Leaving Certificate Examination (including Day School Certificate (Higher) General paper), 1938
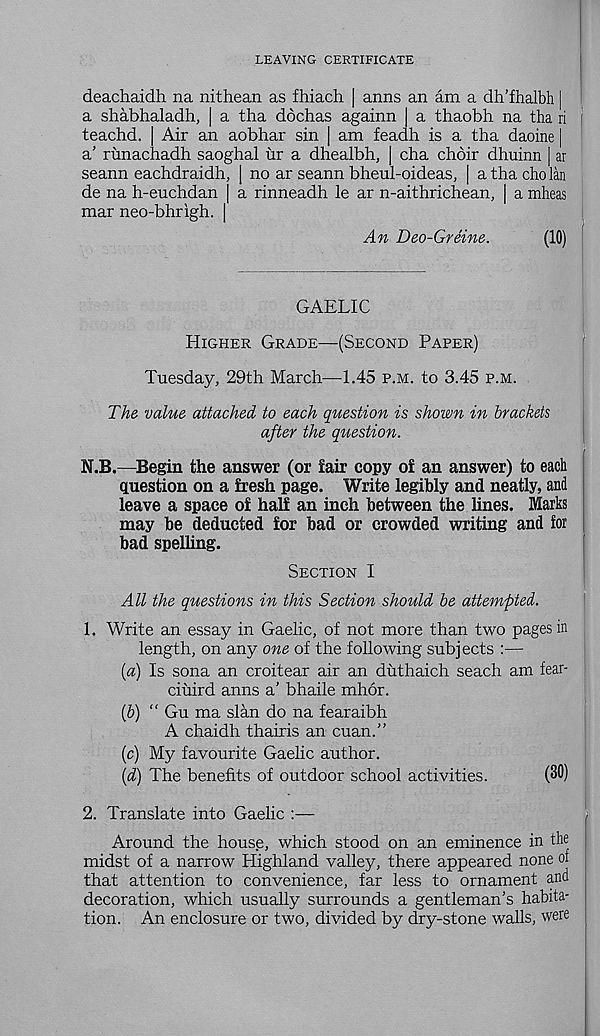
LEAVING CERTIFICATE
deachaidh na nithean as fhiach | anns an am a dh'fhalbh |
a shabhaladh, | a tha dochas againn [ a thaobh na tha ri
teachd. Air an aobhar sin | am feadh is a tha daoine |
a’ runachadh saoghal nr a dhealbh, | cha choir dhuinn | ar
seann eachdraidh, | no ar seann bheul-oideas, | a tha cholan
de na h-euchdan | a rinneadh le ar n-aithrichean, | a mheas
mar neo-bhrigh. |
An Deo-Greine.
(10)
GAELIC
Higher Grade—(Second Paper)
Tuesday, 29th March—1.45 p.m. to 3.45 p.m.
The value attached to each question is shown in brackets
after the question.
N.B.—Begin the answer (or fair copy of an answer) to each
Question on a fresh page. Write legibly and neatly, and
leave a space of half an inch between the lines. Marks
may be deducted for bad or crowded writing and for
bad spelling.
Section I
All the questions in this Section should be attempted.
1. Write an essay in Gaelic, of not more than two pages in
length, on any one of the following subjects :—
{a) Is sona an croitear air an duthaich seach am fear-
ciuird anns a’ bhaile mhor.
(b) “ Gu ma slan do na fearaibh
A chaidh thairis an cuan.”
(c) My favourite Gaelic author.
(d) The benefits of outdoor school activities.
(30)
2. Translate into Gaelic :—
Around the house, which stood on an eminence in the
midst of a narrow Highland valley, there appeared none of
that attention to convenience, far less to ornament and
decoration, which usually surrounds a gentleman’s habita-
tion. An enclosure or two, divided by dry-stone walls, were